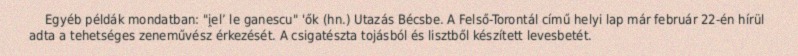
Egyéb példák mondatban: "i̭elʼ le ganescu" 'ők (hn.) Utazás Bécsbe. A Felső-Torontál című helyi lap már február 22-én hírül adta a tehetséges zeneművész érkezését. A csigatészta tojásból és lisztből készített levesbetét.